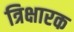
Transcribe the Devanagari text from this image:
त्रिक्षारक